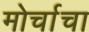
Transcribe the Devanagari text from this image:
मोर्चाचा